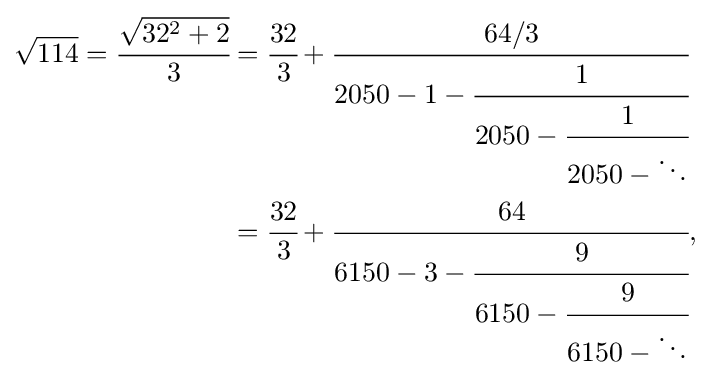
{\begin{aligned}{\sqrt {114}}={\cfrac {\sqrt {32^{2}+2}}{3}}&={\cfrac {32}{3}}+{\cfrac {64/3}{2050-1-{\cfrac {1}{2050-{\cfrac {1}{2050-\ddots }}}}}}\\&={\cfrac {32}{3}}+{\cfrac {64}{6150-3-{\cfrac {9}{6150-{\cfrac {9}{6150-\ddots }}}}}},\end{aligned}}